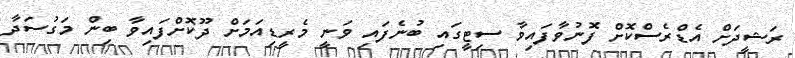
ރަޝީދަށް އެޑްރެސްކޮށް ފޮނުވާފައިވާ ސިޓީގައި ބުނެފައި ވަނީ މެރީޑިއަމަށް ދޫކޮށްފައިވާ ބިން މަގުސަދާ